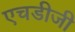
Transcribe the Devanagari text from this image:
एचडीजी